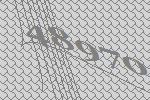
48970